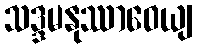
သဒ္ဒမနုဿာဝေယျ